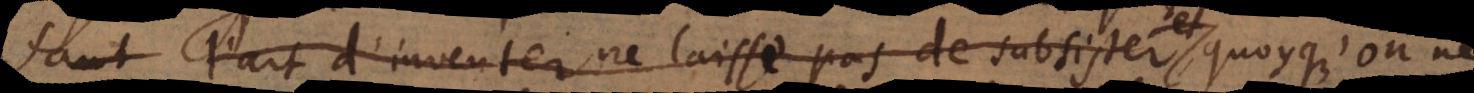
faut l’art d’inventer ne laisse pas de subsister et, quoyqu’on